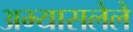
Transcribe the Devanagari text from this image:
अभ्यासलेले